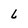
Character: L